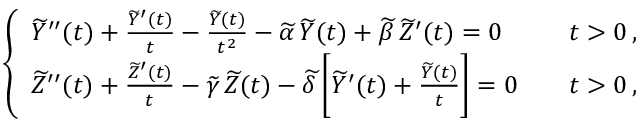
\left\{ \begin{array} { l l } { \widetilde Y ^ { \prime \prime } ( t ) + \frac { \widetilde Y ^ { \prime } ( t ) } { t } - \frac { \widetilde Y ( t ) } { t ^ { 2 } } - \widetilde \alpha \, \widetilde Y ( t ) + \widetilde \beta \, \widetilde Z ^ { \prime } ( t ) = 0 \quad } & { t > 0 \, , } \\ { \widetilde Z ^ { \prime \prime } ( t ) + \frac { \widetilde Z ^ { \prime } ( t ) } { t } - \widetilde \gamma \, \widetilde Z ( t ) - \widetilde \delta \, \bigg [ \widetilde Y ^ { \prime } ( t ) + \frac { \widetilde Y ( t ) } { t } \bigg ] = 0 \quad } & { t > 0 \, , } \end{array} \right.